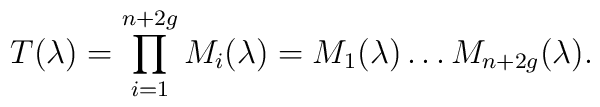
T(\lambda)=\prod_{i=1}^{n+2g}{M_{i}(\lambda)}=M_{1}(\lambda)\dots M_{n+2g}(\lambda).